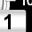
Digit: 1